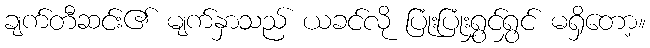
ချက်တီဆင်း၏ မျက်နှာသည် ယခင်လို ပြုံးပြုံးရွှင်ရွှင် မရှိတော့။